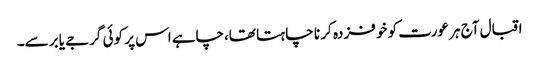
اقبال آج ہر عورت کو خو فزدہ کر نا چا ہتا تھا،چاہے اس پر کوئی گرجے یا برسے۔